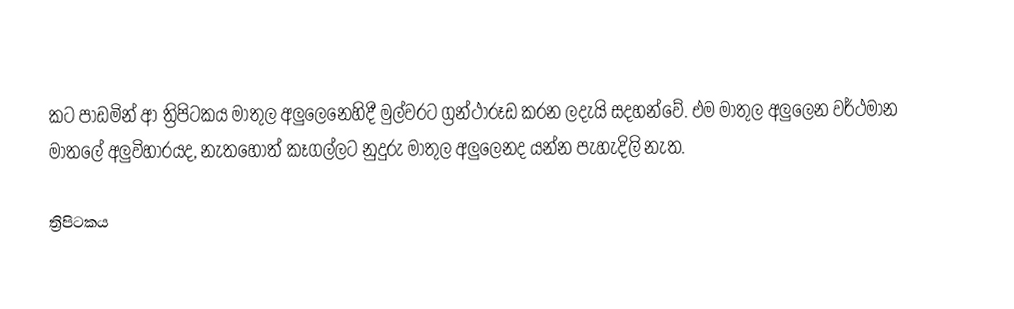
කට පාඩමින් ආ ත්‍රිපිටකය මාතුල අලුලෙනෙහිදී මුල්වරට ග්‍රන්ථාරූඩ කරන ලදැයි සදහන්වේ. එම මාතුල අලුලෙන වර්ථමාන මාතලේ අලුවිහාරයද,  නැතහොත් කෑගල්ලට නුදුරු මාතුල අලුලෙනද යන්න පැහැදිලි නැත.

ත්‍රිපිටකය